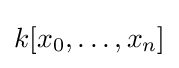
k[x_{0},\dots ,x_{n}]